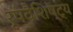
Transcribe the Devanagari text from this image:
रूपवैशिष्ट्य